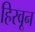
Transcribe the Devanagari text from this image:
हिरवून